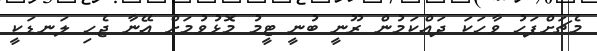
މެޗަށްފަހު ވާހަކަ ދައްކަމުން ރޫނީ ބުނީ ޓީމު މޮޅުވުމަށް އޭނާ ޖެހި ލަނޑަކީ